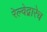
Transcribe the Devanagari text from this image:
रेल्वेद्वारेच